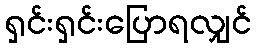
ရှင်းရှင်းပြောရလျှင်